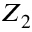
Z _ { 2 }